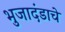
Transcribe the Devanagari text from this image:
भुजादंडाचे